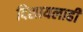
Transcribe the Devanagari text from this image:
दिसायलाही